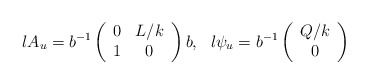
\begin{align*}l A_u = b^{-1} \left(\begin{array}{cc} 0 & L/k \\ 1 & 0 \end{array} \right) b,\ \ l \psi_u = b^{-1}\left(\begin{array}{c} Q/k \\ 0 \end{array} \right)\end{align*}